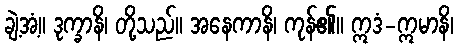
ချဲ့အံ့။ ဒုက္ခာနိ၊ တို့သည်။ အနေကာနိ၊ ကုန်၏။ ဣဒံ-ဣမာနိ၊